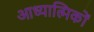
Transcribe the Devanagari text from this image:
आध्यात्मिकों